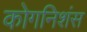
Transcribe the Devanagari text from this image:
कोगनिशंस